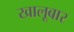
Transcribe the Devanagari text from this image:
खालूबार